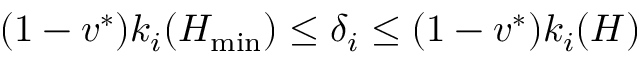
( 1 - v ^ { * } ) k _ { i } ( H _ { \operatorname* { m i n } } ) \leq \delta _ { i } \leq ( 1 - v ^ { * } ) k _ { i } ( H )